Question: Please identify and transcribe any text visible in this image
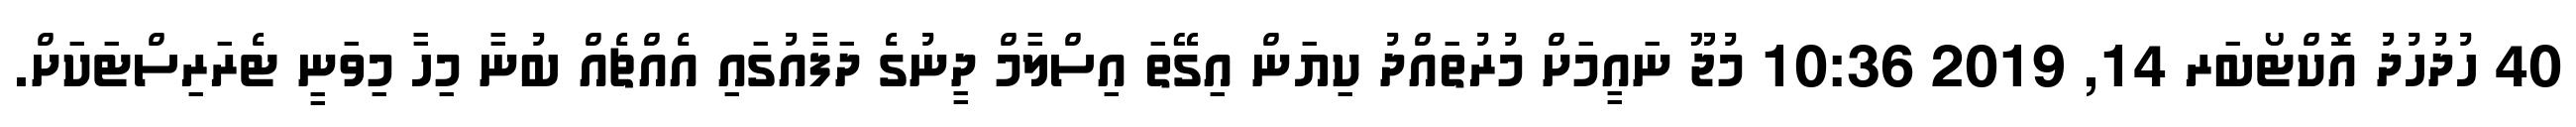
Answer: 40 ހުދުހުދު އޮކްޓޯބަރ 14, 2019 10:36 މުޖޫ ނައީމަށް މުރުތައްދު ކިޔަން އިގޭތަ އިސްލާމް ދީނުގެ ދަފާއުގައި އެއްޗެއް ބުނާ މިހާ މިވަނީ ޓެރަރިސްޓަކަށް.